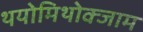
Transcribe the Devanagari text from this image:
थयोमिथोक्‍जाम